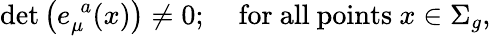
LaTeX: \mathrm{det}\left(e_{\mu}^{\, \, a}(x)\right)\neq 0;\, \, \, \, \, \mathrm{~for~all~points~}x\in\Sigma_{g},